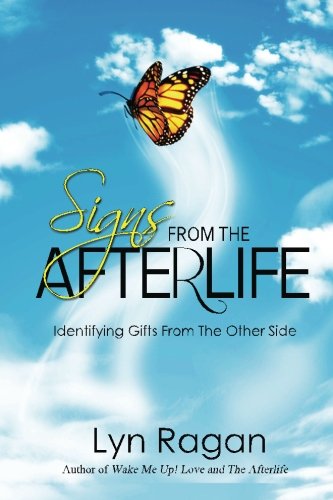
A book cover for Signs From The Afterlife: Identifying Gifts From The Other Side; Lyn Ragan; Religion & Spirituality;